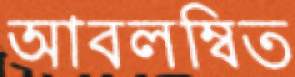
আবলম্বিত